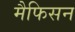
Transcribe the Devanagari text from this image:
मैफिसन